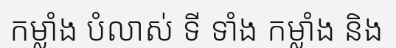
កម្លាំង បំលាស់ ទី ទាំង កម្លាំង និង